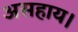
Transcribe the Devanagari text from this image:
असहाय।